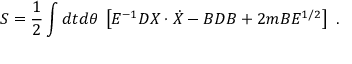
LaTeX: S = { \frac { 1 } { 2 } } \int d t d \theta \; \left[ E ^ { - 1 } D X \cdot \dot { X } - B D B + 2 m B E ^ { 1 / 2 } \right] \ .